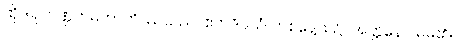
ထိုဒါရုဘဏ္ဍကမဟာတိဿသည်။ ဧကဒိဝသံ၊ တစ်နေ့သ၌။ အတ္တနော၊ မိမိ၏။